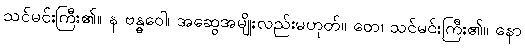
သင်မင်းကြီး၏။ န ဗန္ဓဝေါ၊ အဆွေအမျိုးလည်းမဟုတ်။ တေ၊ သင်မင်းကြီး၏။ နော